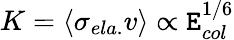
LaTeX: K=\langle\sigma_{ela.}v\rangle\propto\mathtt{E}_{col}^{1/6}